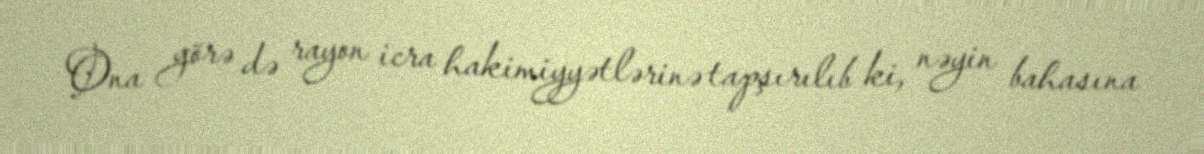
Ona görə də rayon icra hakimiyyətlərinə tapşırılıb ki, nəyin bahasına